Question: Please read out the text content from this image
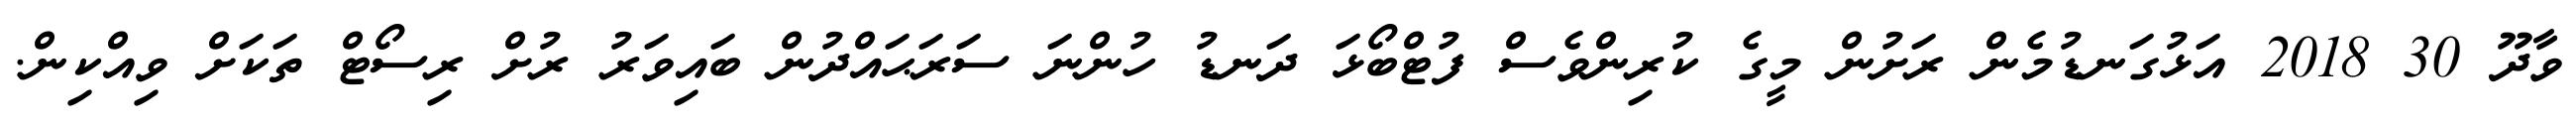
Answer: ވާދޫ 30 2018 އަޅުގަނޑުމެން ރަށުން މީގެ ކުރިންވެސް ފުޓްބޯޅަ ދަނޑު ހުންނަ ސަރަޙައްދުން ބައިވަރު ރުށް ރިސޯޓް ތަކަށް ވިއްކިން.